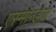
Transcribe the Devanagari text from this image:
एस्मॉन्डेज़